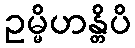
ဥမ္မိဟန္တိပိ